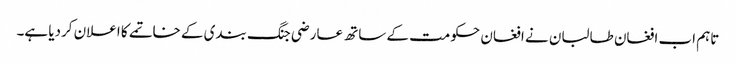
تاہم اب افغان طالبان نے افغان حکومت کے ساتھ عارضی جنگ بندی کے خاتمے کا اعلان کردیا ہے۔